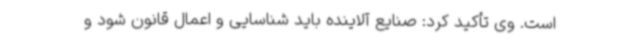
است. وی تأکید کرد: صنایع آلاینده باید شناسایی و اعمال قانون شود و